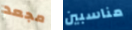
مجعد مناسبين